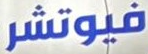
فيوتشر